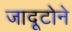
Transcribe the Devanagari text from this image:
जादूटोने